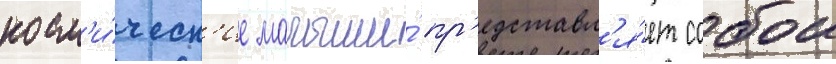
косм'и́ческ'ие малыши́ пр'едставл'я́ет собои